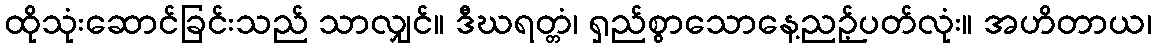
ထိုသုံးဆောင်ခြင်းသည် သာလျှင်။ ဒီဃရတ္တံ၊ ရှည်စွာသောနေ့ညဉ့်ပတ်လုံး။ အဟိတာယ၊